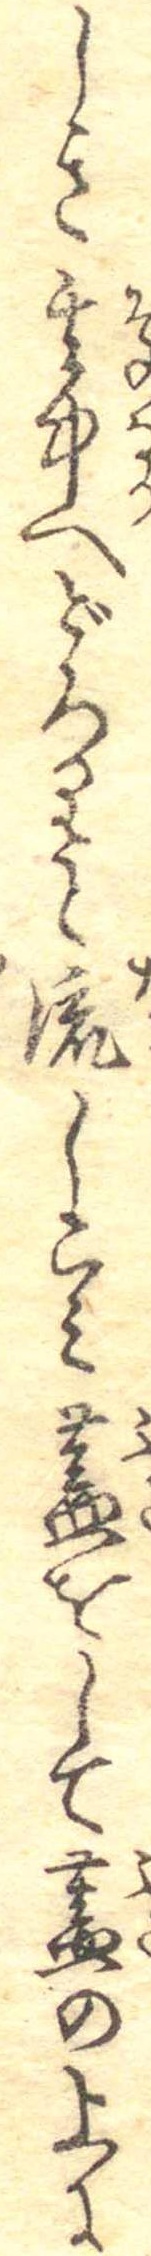
しき其中へどろりと流しこみ蓋をして蓋の上に